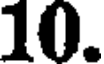
10.